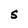
Character: S